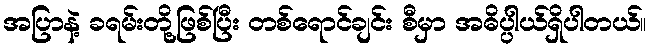
အပြာနဲ့ ခရမ်းတို့ဖြစ်ပြီး တစ်ရောင်ချင်း စီမှာ အဓိပ္ပါယ်ရှိပါတယ်။